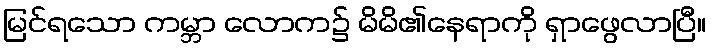
မြင်ရသော ကမ္ဘာ လောက၌ မိမိ၏နေရာကို ရှာဖွေလာပြီ။